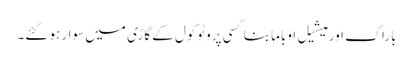
باراک اور میشیل اوباما بنا کسی پروٹوکول کے گاڑی میں سوار ہو گئے۔